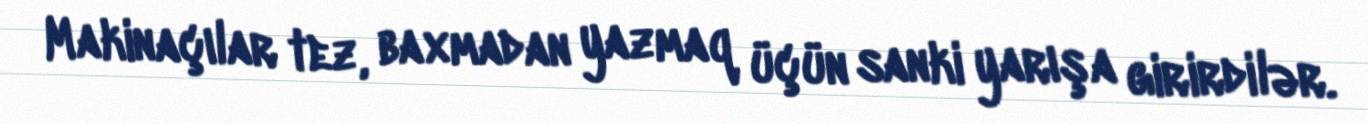
Makinaçılar tez, baxmadan yazmaq üçün sanki yarışa girirdilər.